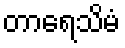
တာရေသိမံ